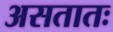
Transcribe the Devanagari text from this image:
असतातः